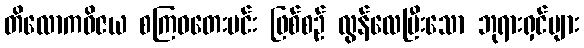
တိလောကဝိဇယ စကြဝတေးမင်း ဖြစ်စဉ် လွန်လေပြီးသော ဘုရားရှင်များ